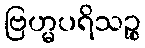
ဗြဟ္မပရိသဉ္စ